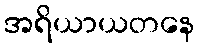
အရိယာယတနေ